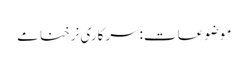
موضوعات:سرکاری نرخنامے